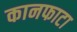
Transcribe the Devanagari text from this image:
कानफाटा